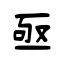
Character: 亟